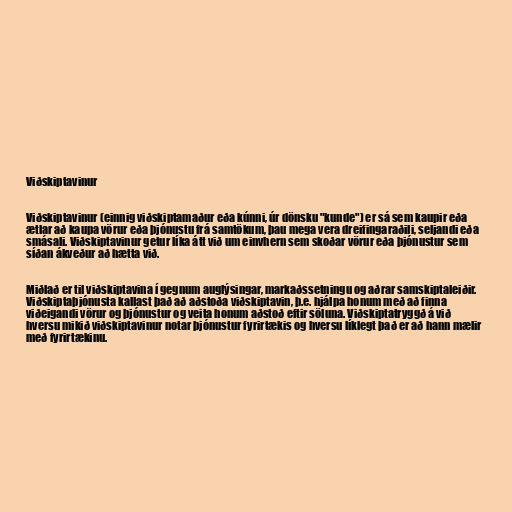
Viðskiptavinur

Viðskiptavinur (einnig viðskiptamaður eða kúnni, úr dönsku "kunde") er sá sem kaupir eða
ætlar að kaupa vörur eða þjónustu frá samtökum, þau mega vera dreifingaraðili, seljandi eða
smásali. Viðskiptavinur getur líka átt við um einvhern sem skoðar vörur eða þjónustur sem
síðan ákveður að hætta við.

Miðlað er til viðskiptavina í gegnum auglýsingar, markaðssetningu og aðrar samskiptaleiðir.
Viðskiptaþjónusta kallast það að aðstoða viðskiptavin, þ.e. hjálpa honum með að finna
viðeigandi vörur og þjónustur og veita honum aðstoð eftir söluna. Viðskiptatryggð á við
hversu mikið viðskiptavinur notar þjónustur fyrirtækis og hversu líklegt það er að hann mælir
með fyrirtækinu.